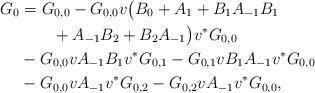
LaTeX: \begin{align*}G_0&=G_{0,0}-G_{0,0}v\bigl(B_0+A_1+B_1A_{-1}B_1\\&\qquad+A_{-1}B_2+B_2A_{-1}\bigr)v^*G_{0,0}\\&-G_{0,0}vA_{-1}B_1v^*G_{0,1}-G_{0,1}vB_1A_{-1}v^*G_{0,0}\\&-G_{0,0}vA_{-1}v^*G_{0,2}-G_{0,2}vA_{-1}v^*G_{0,0},\end{align*}